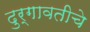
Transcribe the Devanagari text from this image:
दुर्गावतीचे